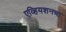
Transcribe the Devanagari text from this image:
एव्हियशनचा